Indian journal of veterinary science and animal husbandry - Volumes 15-17, 1948-1951
Year: 1948
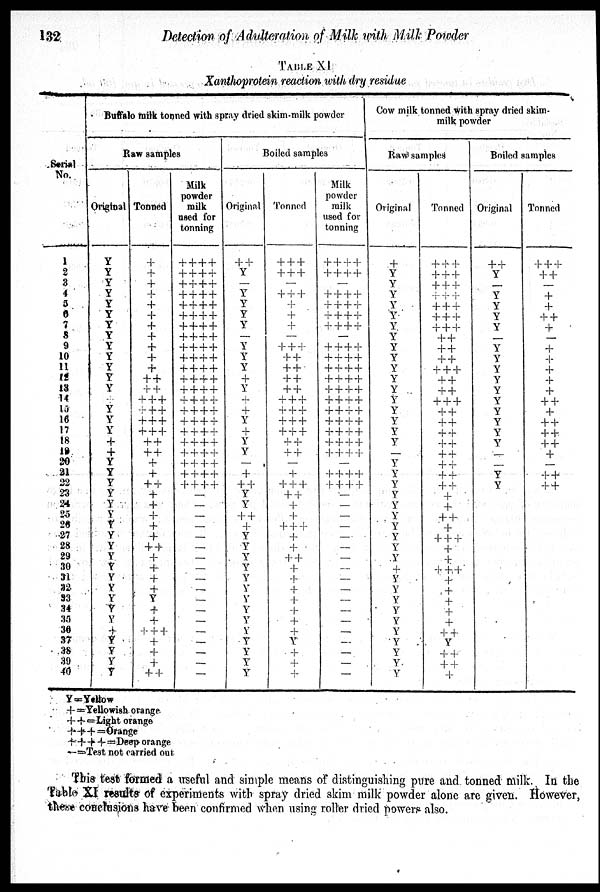
132
Detection of Adulteration of Milk with Milk Powder
TABLE XI
Xanthoprotein reaction with dry residue
Serial
No.
1
2
3
4
5
6
7
8
9
10
11
12
13
14
15
16
17
18
19
20
21
22
23
24
25
26
27
28
29
30
31
32
33
34
35
36
37
38
39
40
Buffalo milk tonned with spray dried skim-milk powder
Raw samples
Original
Y
Y
Y
Y
Y
Y
Y
Y
Y
Y
Y
Y
Y
Y
Y
Y
+
+
Y
Y
Y
Y
Y
Y
Y
Y
Y
Y
Y
Y
Y
Y
Y
Y
+
Y
Y
Y
Y
Tonned
+
+
+
+
+
+
+
+
+
+ +
+ +
+ +
+
+ +
+
+ +
+
+ +
+
+ +
+ +
+ +
+
+
+ +
+
+
+
+
+
+ +
+
+
+
+
Y
+
+
+ + +
+
+
+
+ +
Milk
powder
milk
used for
tonning
+
+
+
+
+
+
+
+
+
+
+
+
+
+
+
+
+
+
+
+
+
+
+
+
+
+
+
+
+
+
+
+
+
+
+
+
+
+
+
+
+
+
+
+
+
+
+
+
+
+
+
+
+
+
+
+
+
+
+
+
+
+
+
+
+
+
+
+
+
+
+
+
+ + + +
+ + + +
+
+ + +
+ + + +
—
—
—
—
—
—
—
—
—
—
—
—
—
—
—
—
—
—
Boiled samples
Original
+ +
Y
—
Y
Y
Y
Y
—
Y
Y
Y
+
Y
+
+
Y
+
Y
Y
—
+
+ +
Y
Y
+ +
+
Y
Y
Y
Y
Y
Y
Y
Y
Y
V
Y
Y
Y
Y
Tonned
+ + +
+
+ +
—
+ + +
+
+
+
—
+
+ +
+ +
+ +
+ +
+ +
+
+ +
+ + +
+ + +
+ + +
+ +
+ +
—
+
+ + +
+ +
+
+
+ + +
+
+
+ +
+
+
+
+
+
+
+
Y
+
+
+
Milk
powder
milk
used for
tonning
+ + + +
+
+
+
+
—
+
+
+
+
+
+
+
+
+
+
+
+
+
+
+
+
—
+
+
+
+
+ + + +
+ + + +
+ + + +
+ + + +
+
+
+
+
+ + + +
+ + + +
+
+
+
+
+
+
+
+
+ + + +
—
+
+
+
+
+
+
+
+
—
—
—
—
—
—
—
—
—
—
—
—
—
—
—
—
—
—
Cow milk tonned with spray dried skim-
milk powder
Raw samples
Original
+
Y
Y
Y
Y
Y
Y
Y
Y
Y
Y
Y
Y
Y
Y
Y
Y
Y
—
Y
Y
Y
Y
Y
Y
Y
Y
Y
Y
+
Y
Y
Y
Y
Y
Y
Y
Y
Y
Y
Tonned
+
+ +
+
+ +
+ + +
+
+ +
+
+ +
+ + +
+ +
+ +
+ +
+
+ +
+ +
+ +
+
+ +
+ +
+ +
+ +
+ +
+ +
+ +
+ +
+ +
+
+
+ +
+
+
+ +
+
+
+ + +
+
+
+
+
+
+ +
Y
+ +
+ +
+
Boiled samples
Original
+ +
Y
—
Y
Y
Y
Y
—
Y
Y
Y
Y
Y
Y
Y
Y
Y
Y
—
Y
Y
Tonned
+
+ +
+ -I-
+
+
+ +
+
+
+
+
+
+
+ +
+ +
+ +
+ +
-I- +
+
+ +
+ +
Y = Yellow
+ = Yellowish orange
+ + = Light orange
+ + + = Orange
+ + + + = Deep orange
— = Test not carried out
This test formed a useful and simple means of distinguishing pure and tonned milk. In the
Table XI results of experiments with spray dried skim milk powder alone are given. However,
these conclusions have been confirmed when using roller dried powers also.